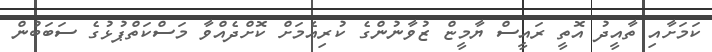
ކަމަށާއި ތާއީދު އޮތީ ރައީސް ޔާމީޏް ޒުވާނުންގެ ކުރިއެމަށް ކޮށްދެއްވާ މަސްކަތްޕުޅުގެ ސަބަބުން